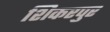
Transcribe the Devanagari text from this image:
शिकरपुर